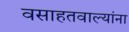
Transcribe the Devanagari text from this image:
वसाहतवाल्यांना